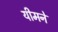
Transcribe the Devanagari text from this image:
यीमने